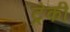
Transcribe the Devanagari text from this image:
ट्रेकी